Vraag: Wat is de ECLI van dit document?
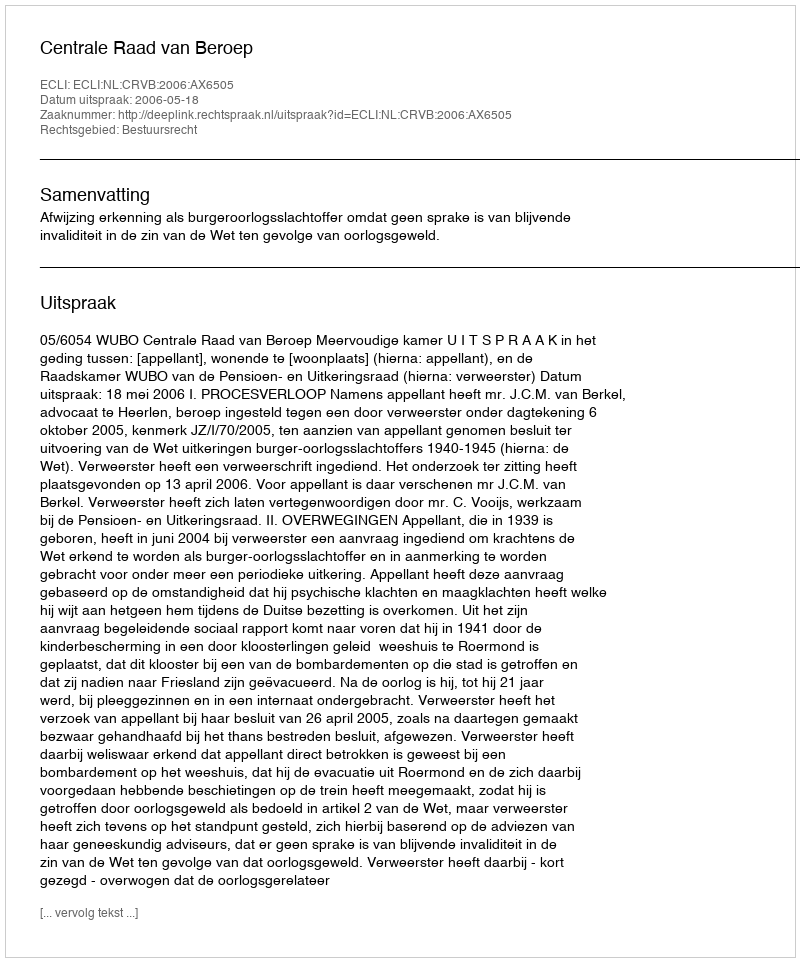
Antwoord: ECLI:NL:CRVB:2006:AX6505